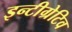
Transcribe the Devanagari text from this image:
इन्टीग्रेटिव